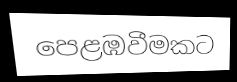
පෙළඹවීමකට